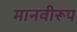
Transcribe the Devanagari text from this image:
मानवीरूप